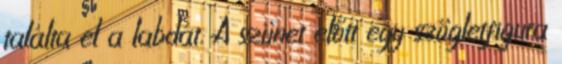
találta el a labdát. A szünet előtt egy szögletfigura